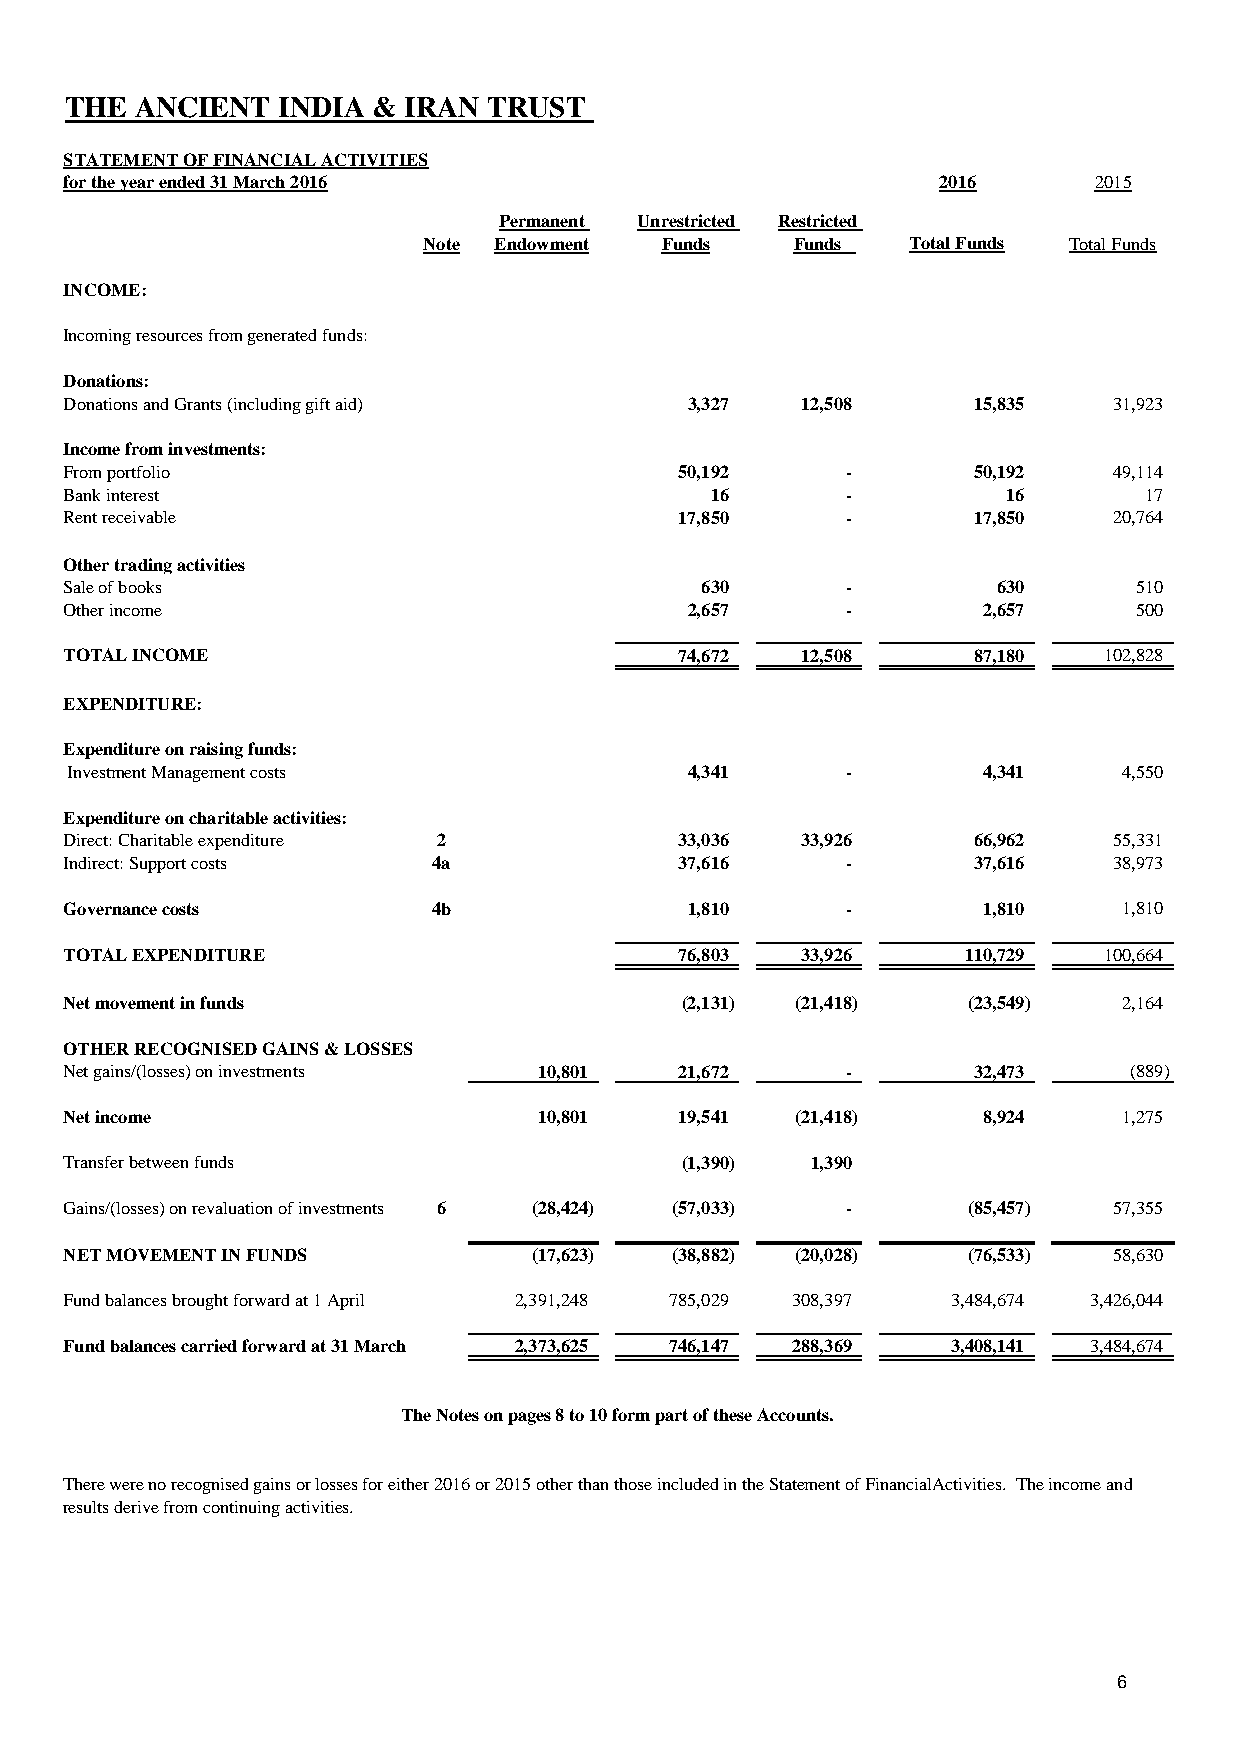
THE  ANCIENT  INDIA  & IRAN TRUST
 STATEMENT OF FINANCIAL ACTIVITIES
 for the year ended 31 March 2016                          2016      2015
 Permanent Unrestricted Restricted
 Note Endowment  Funds    Funds  Total Funds Total Funds
 INCOME:
 Incoming resources from generated funds:
 Donations:
 Donations and Grants (including gift aid) 3,327  12,508     15,835    31,923
 Income from investments:
 From portfolio                           50,192     -       50,192    49,114
 Bank interest                              16       -          16       17
 Rent receivable                          17,850     -       17,850    20,764
 Other trading activities
 Sale of books                             630       -         630      510
 Other income                             2,657      -        2,657     500
 TOTAL INCOME                             74,672  12,508     87,180   102,828
 EXPENDITURE:
 Expenditure on raising funds:
 Investment Management costs              4,341      -        4,341    4,550
 Expenditure on charitable activities:
 Direct: Charitable expenditure 2         33,036  33,926     66,962    55,331
 Indirect: Support costs  4a              37,616     -       37,616    38,973
 Governance costs         4b              1,810      -        1,810    1,810
 TOTAL EXPENDITURE                        76,803  33,926     110,729  100,664
 Net movement in funds                    (2,131) (21,418)   (23,549)  2,164
 OTHER RECOGNISED GAINS & LOSSES
 Net gains/(losses) on investments 10,801 21,672     -       32,473     (889)
 Net income                      10,801   19,541  (21,418)    8,924    1,275
 Transfer between funds                   (1,390)  1,390
 Gains/(losses) on revaluation of investments 6 (28,424) (57,033) - (85,457) 57,355
 NET MOVEMENT IN FUNDS          (17,623) (38,882) (20,028)   (76,533)  58,630
 Fund balances brought forward at 1 April 2,391,248 785,029 308,397 3,484,674 3,426,044
 Fund balances carried forward at 31 March 2,373,625 746,147 288,369 3,408,141 3,484,674
 The Notes on pages 8 to 10 form part of these Accounts.
 There were no recognised gains or losses for either 2016 or 2015 other than those included in the Statement of FinancialActivities. The income and
 results derive from continuing activities.
 6